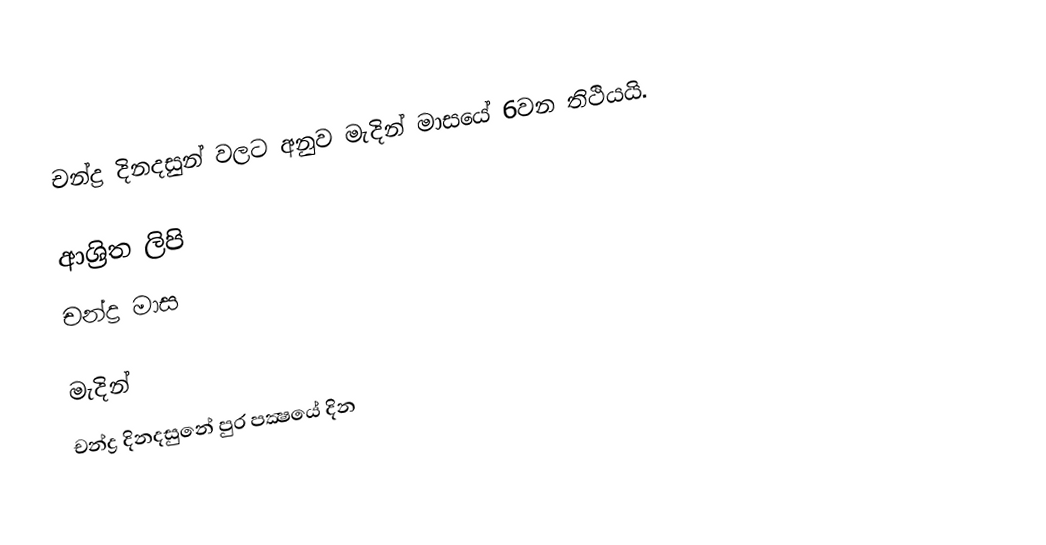
චන්ද්‍ර දිනදසුන් වලට අනුව මැදින් මාසයේ 6වන තිථියයි.

ආශ්‍රිත ලිපි
 චන්ද්‍ර මාස

මැදින්
චන්ද්‍ර දිනදසුනේ පුර පක්‍ෂයේ දින